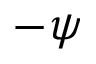
- \psi